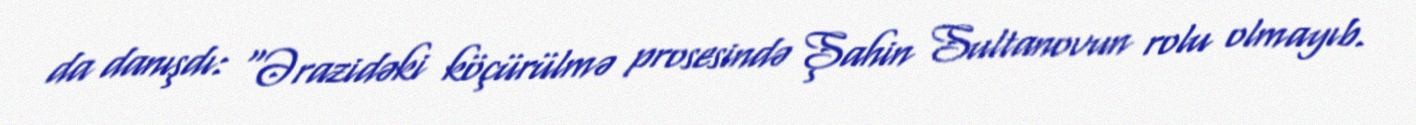
da danışdı: “Ərazidəki köçürülmə prosesində Şahin Sultanovun rolu olmayıb.